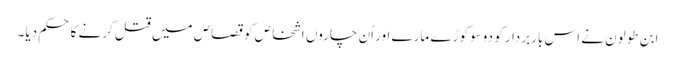
ابن طولون نے اس باربردار کو دوسو کوڑے مارے اور اُن چاروں اشخاص کو قصاص میں قتل کرنے کا حکم دیا۔